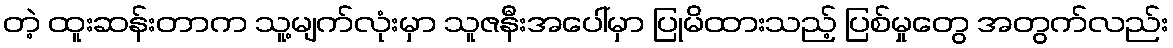
တဲ့ ထူးဆန်းတာက သူ့မျက်လုံးမှာ သူဇနီးအပေါ်မှာ ပြုမိထားသည့် ပြစ်မှုတွေ အတွက်လည်း